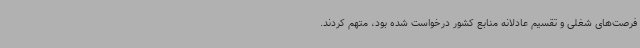
فرصت‌های شغلی و تقسیم عادلانه منابع کشور درخواست شده بود، متهم کردند.